Lunatic asylums in Bengal annual reports 1899-1911 - 1899-1911
Year: 1899
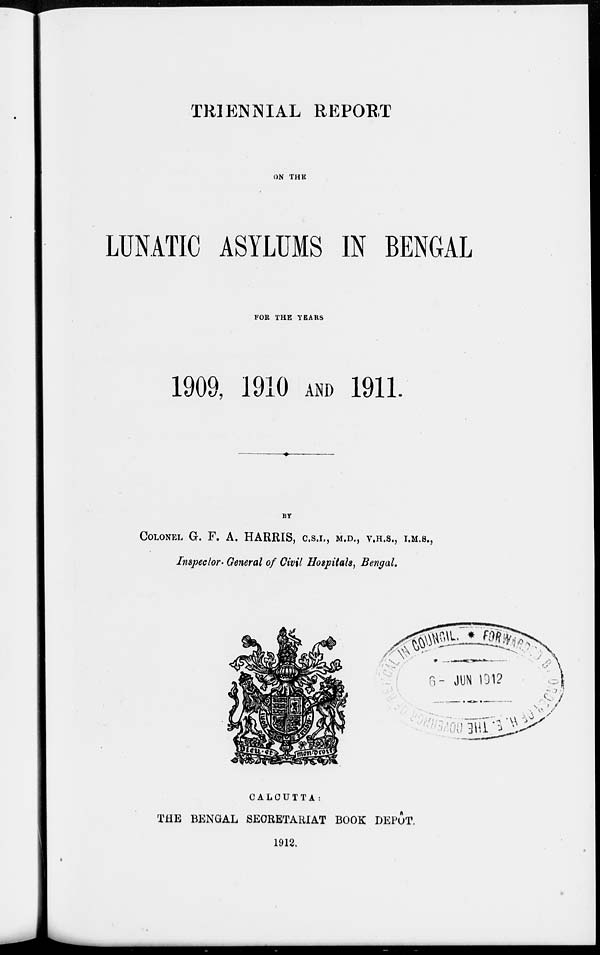
TRIENNIAL REPORT
ON THE
LUNATIC ASYLUMS IN BENGAL
FOR THE YEARS
1909, 1910 AND 1911.
BY
COLONEL G. F. A. HARRIS, C.S.I., M.D., V.H.S., I.M.S.,
Inspector- General of Civil Hospitals, Bengal.
CALCUTTA:
THE BENGAL SECRETARIAT BOOK DEPÔT.
1912.